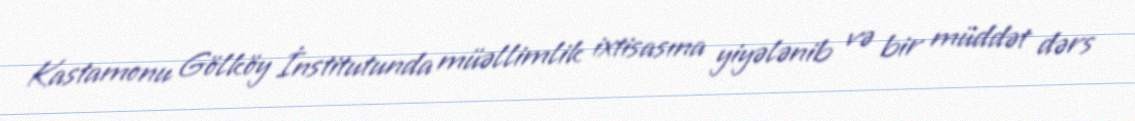
Kastamonu Gölköy İnstitutunda müəllimlik ixtisasına yiyələnib və bir müddət dərs